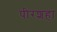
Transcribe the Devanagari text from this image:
पीरशहा